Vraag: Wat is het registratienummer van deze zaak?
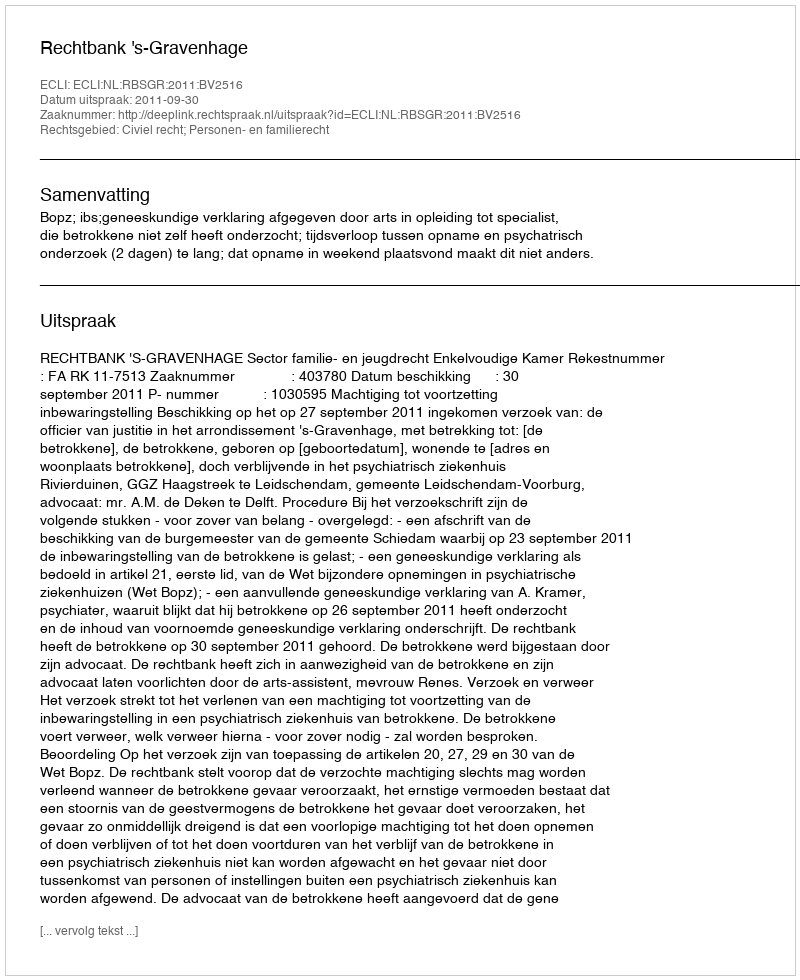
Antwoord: http://deeplink.rechtspraak.nl/uitspraak?id=ECLI:NL:RBSGR:2011:BV2516